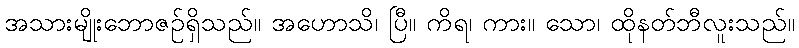
အသားမျိုးဘောဇဉ်ရှိသည်။ အဟောသိ၊ ပြီ။ ကိရ၊ ကား။ သော၊ ထိုနတ်ဘီလူးသည်။